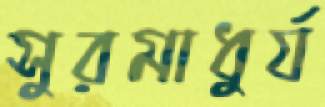
সুরমাধুর্য